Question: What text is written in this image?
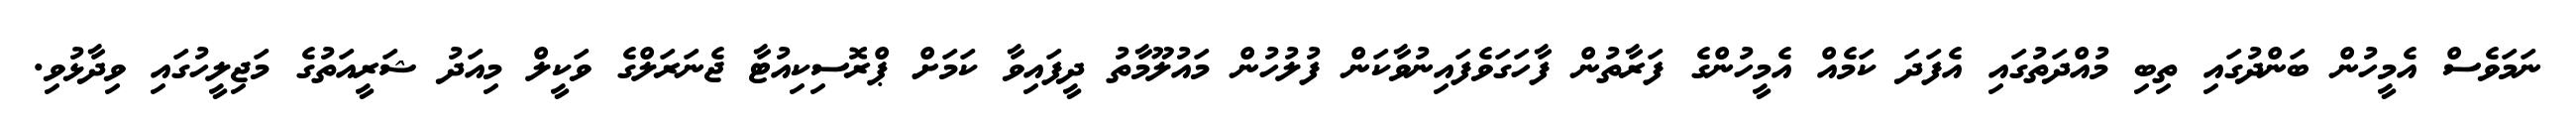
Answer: ނަމަވެސް އެމީހުން ބަންދުގައި ތިބި މުއްދަތުގައި އެފަދަ ކަމެއް އެމީހުންގެ ފަރާތުން ފާހަގަވެފައިނުވާކަން ފުލުހުން މައުލޫމާތު ދީފައިވާ ކަމަށް ޕްރޮސިކިއުޓާ ޖެނަރަލްގެ ވަކީލް މިއަދު ޝަރީއަތުގެ މަޖިލީހުގައި ވިދާޅުވި.